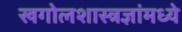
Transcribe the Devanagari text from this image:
खगोलशास्त्रज्ञांमध्ये